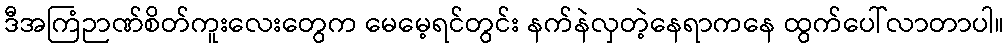
ဒီအကြံဉာဏ်စိတ်ကူးလေးတွေက မေမေ့ရင်တွင်း နက်နဲလှတဲ့နေရာကနေ ထွက်ပေါ်လာတာပါ။